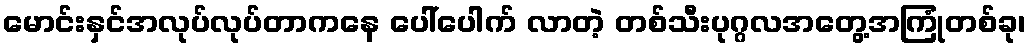
မောင်းနှင်အလုပ်လုပ်တာကနေ ပေါ်ပေါက် လာတဲ့ တစ်သီးပုဂ္ဂလအတွေ့အကြုံတစ်ခု၊